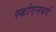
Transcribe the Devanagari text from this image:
स्कोएनबर्ग